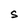
Character: S